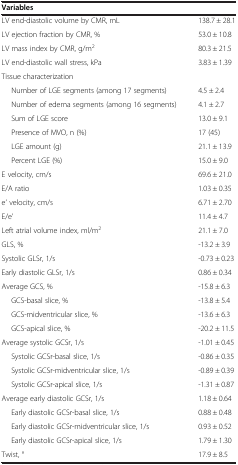
| Variables |  |
 | --- | --- |
 | LV end-diastolic volume by CMR, mL | 138.7 ± 28.1 |
 | LV ejection fraction by CMR, % | 53.0 ± 10.8 |
 | LV mass index by CMR, g/m2 | 80.3 ± 21.5 |
 | LV end-diastolic wall stress, kPa | 3.83 ± 1.39 |
 | Tissue characterization |  |
 | Number of LGE segments (among 17 segments) | 4.5 ± 2.4 |
 | Number of edema segments (among 16 segments) | 4.1 ± 2.7 |
 | Sum of LGE score | 13.0 ± 9.1 |
 | Presence of MVO, n (%) | 17 (45) |
 | LGE amount (g) | 21.1 ± 13.9 |
 | Percent LGE (%) | 15.0 ± 9.0 |
 | E velocity, cm/s | 69.6 ± 21.0 |
 | E/A ratio | 1.03 ± 0.35 |
 | e’ velocity, cm/s | 6.71 ± 2.70 |
 | E/e’ | 11.4 ± 4.7 |
 | Left atrial volume index, ml/m2 | 21.1 ± 7.0 |
 | GLS, % | -13.2 ± 3.9 |
 | Systolic GLSr, 1/s | -0.73 ± 0.23 |
 | Early diastolic GLSr, 1/s | 0.86 ± 0.34 |
 | Average GCS, % | -15.8 ± 6.3 |
 | GCS-basal slice, % | -13.8 ± 5.4 |
 | GCS-midventricular slice, % | -13.6 ± 6.3 |
 | GCS-apical slice, % | -20.2 ± 11.5 |
 | Average systolic GCSr, 1/s | -1.01 ± 0.45 |
 | Systolic GCSr-basal slice, 1/s | -0.86 ± 0.35 |
 | Systolic GCSr-midventricular slice, 1/s | -0.89 ± 0.39 |
 | Systolic GCSr-apical slice, 1/s | -1.31 ± 0.87 |
 | Average early diastolic GCSr, 1/s | 1.18 ± 0.64 |
 | Early diastolic GCSr-basal slice, 1/s | 0.88 ± 0.48 |
 | Early diastolic GCSr-midventricular slice, 1/s | 0.93 ± 0.52 |
 | Early diastolic GCSr-apical slice, 1/s | 1.79 ± 1.30 |
 | Twist, ° | 17.9 ± 8.5 |